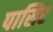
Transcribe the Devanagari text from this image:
पासिर